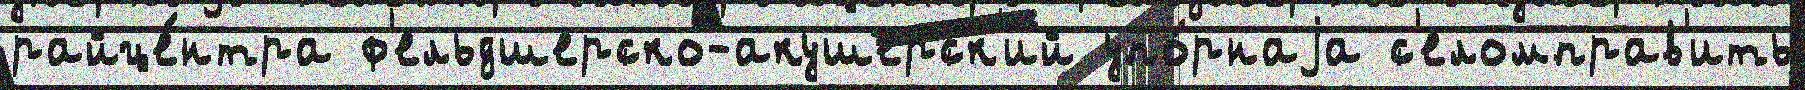
райце́нтра ф'ельдшерско-акушерск'ий упо́рнаjа с'еломправ'ить